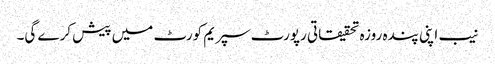
نیب اپنی پندہ روزہ تحقیقاتی رپورٹ سپریم کورٹ میں پیش کرے گی۔